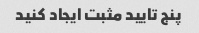
پنج تایید مثبت ایجاد کنید